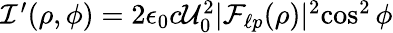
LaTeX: \begin{array}{r}{{\cal I}^{\prime}(\rho,\phi)=2\epsilon_{0}c{\cal U}_{0}^{2}|{\cal F}_{\ell p}(\rho)|^{2}{\cos^{2}\phi}}\end{array}